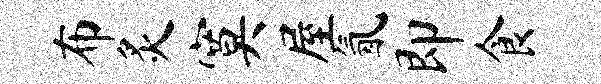
布炙寞屋氤即食